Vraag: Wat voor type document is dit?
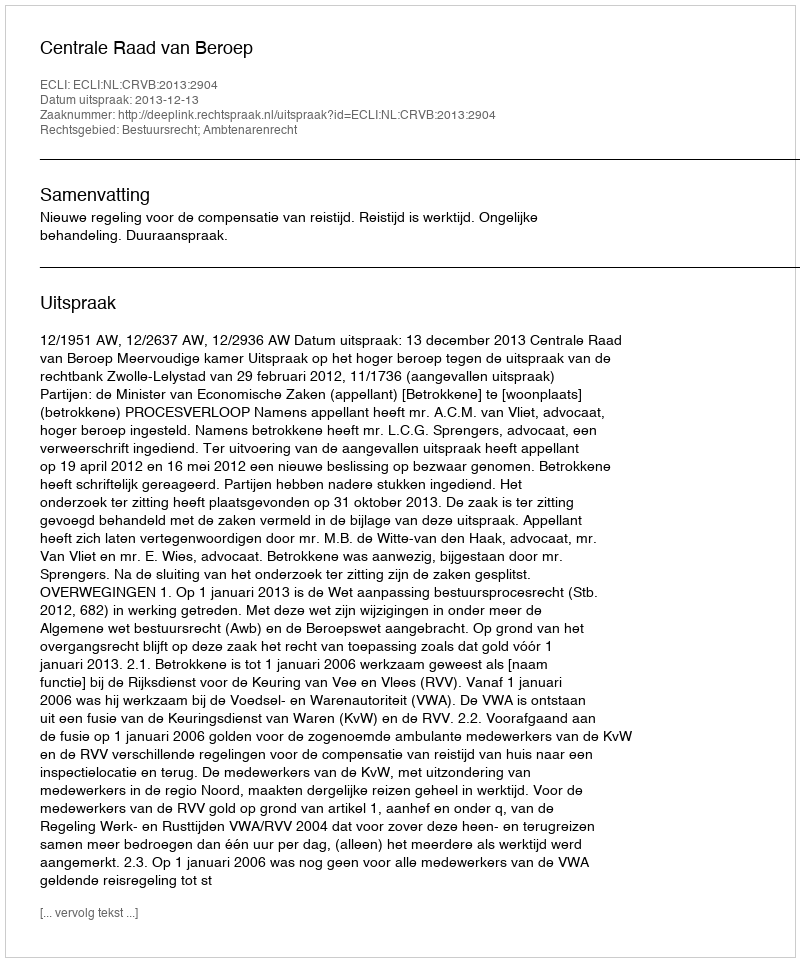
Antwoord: Uitspraak